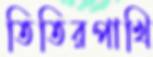
তিতিরপাখি